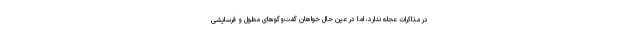
در مذاکرات عجله ندارد، اما در عین حال خواهان گفت‌وگوهای مطول و فرسایشی